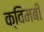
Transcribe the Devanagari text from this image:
क्विमबी